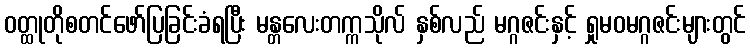
ဝတ္ထုတိုစတင်ဖော်ပြခြင်းခံရပြီး မန္တလေးတက္ကသိုလ် နှစ်လည် မဂ္ဂဇင်းနှင့် ရှုမဝမဂ္ဂဇင်းများတွင်